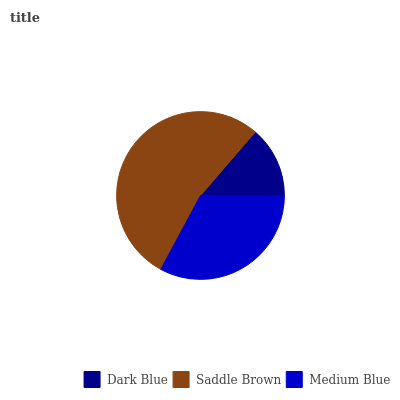
| Dark Blue | Saddle Brown | Medium Blue |
 | --- | --- | --- |
 | 13.7% | 53.5% | 32.8% |